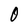
Character: 0